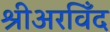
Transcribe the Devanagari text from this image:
श्रीअरविँद